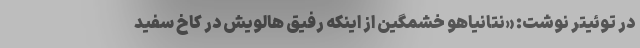
در توئیتر نوشت: «نتانیاهو خشمگین از اینکه رفیق هالویش در کاخ سفید